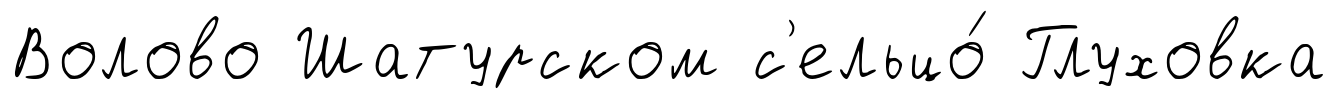
Волово Шатурском с'ельцо́ Глуховка